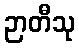
ဉာတီသု